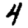
Digit: 4